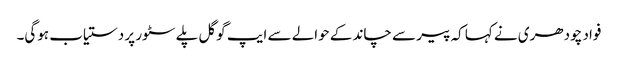
فواد چودھری نے کہا کہ پیر سے چاند کے حوالے سے ایپ گوگل پلے سٹور پر دستیاب ہوگی۔